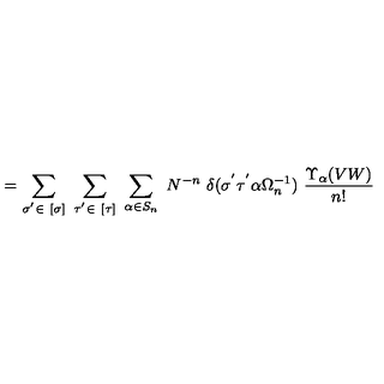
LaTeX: = \sum _ { \sigma ^ { ' } \in \ [ \sigma ] } \ \sum _ { \tau ^ { ' } \in \ [ \tau ] } \ \sum _ { \alpha \in S _ { n } } \ N ^ { - n } \ \delta ( \sigma ^ { ' } \tau ^ { ' } \alpha \Omega _ { n } ^ { - 1 } ) \ \frac { \Upsilon _ { \alpha } ( V W ) } { n ! }